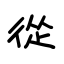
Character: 從